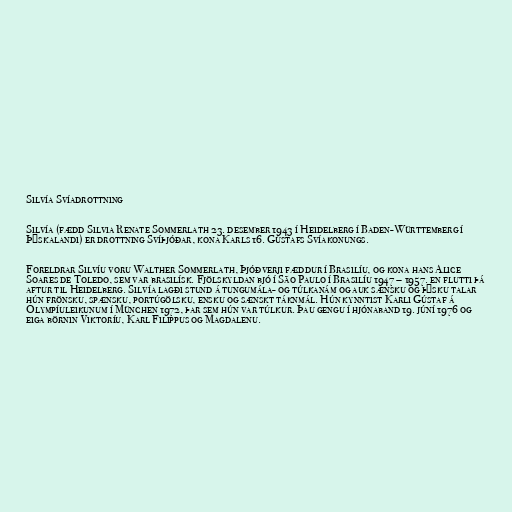
Silvía Svíadrottning

Silvía (fædd Silvia Renate Sommerlath 23. desember 1943 í Heidelberg í Baden-Württemberg í
Þýskalandi) er drottning Svíþjóðar, kona Karls 16. Gústafs Svíakonungs.

Foreldrar Silvíu voru Walther Sommerlath, Þjóðverji fæddur í Brasilíu, og kona hans Alice
Soares de Toledo, sem var brasilísk. Fjölskyldan bjó í São Paulo í Brasilíu 1947 – 1957. en flutti þá
aftur til Heidelberg. Silvía lagði stund á tungumála- og túlkanám og auk sænsku og þýsku talar
hún frönsku, spænsku, portúgölsku, ensku og sænskt táknmál. Hún kynntist Karli Gústaf á
Ólympíuleikunum í München 1972, þar sem hún var túlkur. Þau gengu í hjónaband 19. júní 1976 og
eiga börnin Viktoríu, Karl Filippus og Magdalenu.